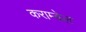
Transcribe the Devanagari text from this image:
कराम्बेल